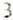
3